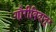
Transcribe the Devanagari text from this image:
गौरीबिदानूर